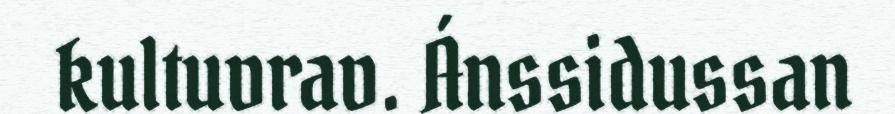
kultuvrav. Ánssidussan